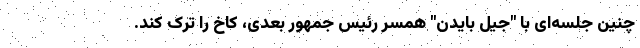
چنین جلسه‌ای با "جیل بایدن" همسر رئیس جمهور بعدی، کاخ را ترک کند.